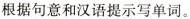
根据句意和汉语提示写单词。